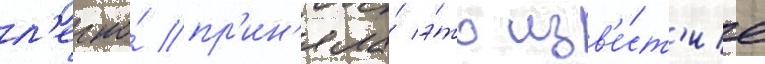
л'егко́ пр'ин'яла́ э́то изв'е́ст'ие